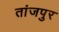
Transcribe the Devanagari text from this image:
तांजपुर